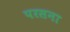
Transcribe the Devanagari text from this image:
परसना